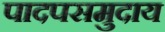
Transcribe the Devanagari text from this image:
पादपसमुदाय